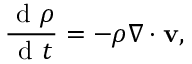
\frac { \mathrm { ~ d ~ } \rho } { \mathrm { ~ d ~ } t } = - \rho \nabla \cdot \mathbf { v } ,